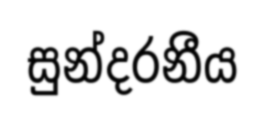
සුන්දරනීය